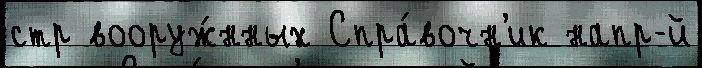
стр вооруж́нных Спра́вочн'ик напр-й